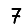
Digit: 7